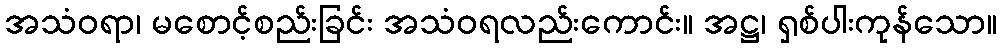
အသံဝရာ၊ မစောင့်စည်းခြင်း အသံဝရလည်းကောင်း။ အဋ္ဌ၊ ရှစ်ပါးကုန်သော။